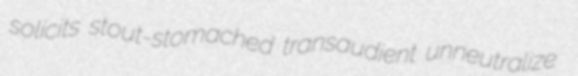
solicits stout-stomached transaudient unneutralize